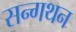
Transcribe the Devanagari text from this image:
सन्गथन